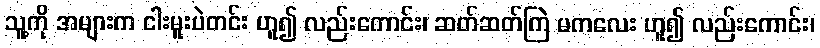
သူ့ကို အများက ငါးမူးပဲတင်း ဟူ၍ လည်းကောင်း၊ ဆတ်ဆတ်ကြဲ မကလေး ဟူ၍ လည်းကောင်း၊